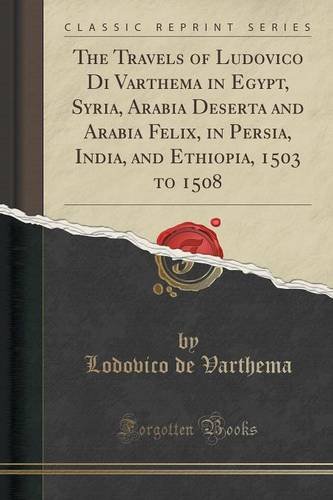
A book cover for The Travels of Ludovico Di Varthema in Egypt, Syria, Arabia Deserta and Arabia Felix, in Persia, India, and Ethiopia, 1503 to 1508 (Classic Reprint); Lodovico de Varthema; Travel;